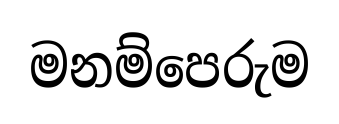
මනම්පෙරුම